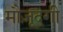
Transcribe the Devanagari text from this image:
मौज़ूदगी